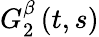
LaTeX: G_{2}^{\beta}\left(t,s\right)